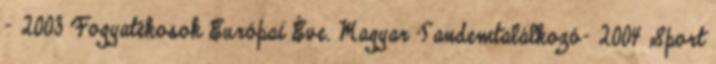
- 2003 Fogyatékosok Európai Éve. Magyar Tandemtalálkozó- 2004 Sport